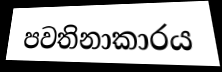
පවතිනාකාරය